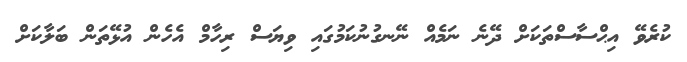
ކުރެވޭ އިޙްސާސްތަކަށް ދޭނެ ނަމެއް ނޭނގުނުކަމުގައި ވިޔަސް ރިހާމް އެހެން އުޅޭތަން ބަލާކަށް